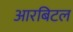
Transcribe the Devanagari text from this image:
आरबिटल